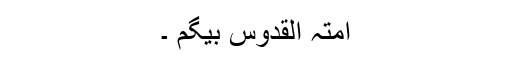
امتہ القدوس بیگم ۔